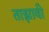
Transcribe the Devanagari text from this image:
ताझावी